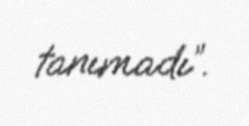
tanımadı”.